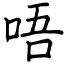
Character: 唔